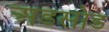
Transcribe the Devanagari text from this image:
अडसोड